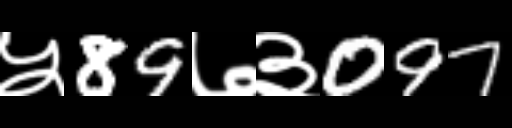
Text: ५89७३097